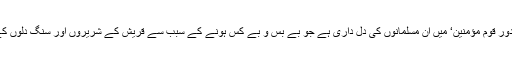
مظلوم مسلمانوں کی دل داری: ’وَیَنْصُرْکُمْ عَلَیْھِمْ وَیَشْفِ صُدُوْرَ قَوْمٍ مُّؤْمِنِیْنَ‘ میں ان مسلمانوں کی دل داری ہے جو بے بس و بے کس ہونے کے سبب سے قریش کے شریروں اور سنگ دلوں کے ہاتھوں مکہ میں سنگ دلانہ مظالم کے ہدف بنے تھے۔